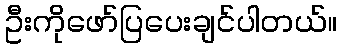
ဦးကိုဖော်ပြပေးချင်ပါတယ်။